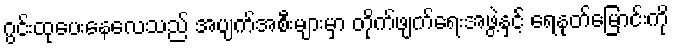
ဂွင်းထုပေးနေလေသည် အပျက်အစီးများမှာ တိုက်ဖျက်ရေးအဖွဲ့နှင့် ရေနုတ်မြောင်းကို